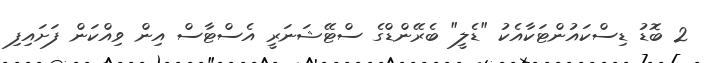
2 ބޮޑު ޑިސްކައުންޓަކާއެކު "ޑެލީ" ބެރޭންޑްގެ ސްޓޭޝަނަރީ އެސްޓާސް އިން ވިއްކަން ފަށައިފި